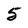
Character: 5